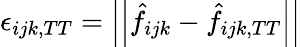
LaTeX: \epsilon_{ijk,TT}=\left|\left|\hat{f}_{ijk}-\hat{f}_{ijk,TT}\right|\right|